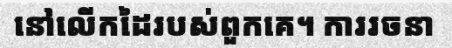
នៅលើកដៃរបស់ពួកគេ។ ការរចនា